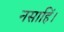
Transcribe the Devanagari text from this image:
नसाहिं।